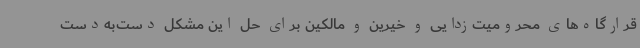
قرارگاه‌های محرومیت‌زدایی و خیرین و مالکین برای حل این مشکل دست‌به‌دست